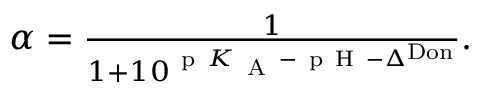
\begin{array} { r } { \alpha = \frac { 1 } { 1 + 1 0 ^ { \mathrm { ~ p ~ } K _ { \mathrm { ~ A ~ } } - \mathrm { ~ p ~ H ~ } - \Delta ^ { \mathrm { D o n } } } } . } \end{array}